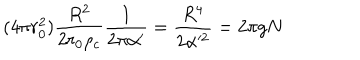
( 4 \pi r _ { 0 } ^ { 2 } ) { \frac { R ^ { 2 } } { 2 r _ { 0 } \rho _ { c } } } { \frac { 1 } { 2 \pi \alpha ^ { \prime } } } = { \frac { R ^ { 4 } } { 2 \alpha ^ { 2 } } } = 2 \pi g N